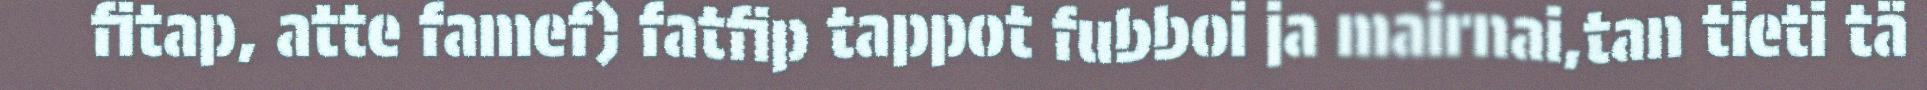
fitap, atte famef) fatfip tappot fubboi ja mairnai,tan tieti tä